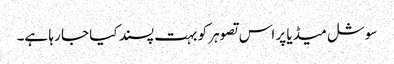
سوشل میڈیا پر اس تصوہر کو بہت پسند کیا جا رہا ہے۔